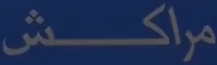
مراكش